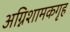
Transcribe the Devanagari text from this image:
अग्निशामकगृह